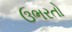
ઉભરતો